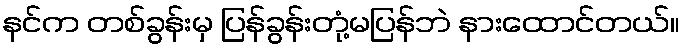
နင်က တစ်ခွန်းမှ ပြန်ခွန်းတုံ့မပြန်ဘဲ နားထောင်တယ်။